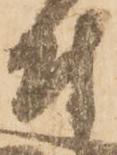
付